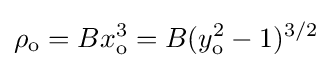
\rho _{\text{o}}=Bx_{\text{o}}^{3}=B(y_{\text{o}}^{2}-1)^{3/2}